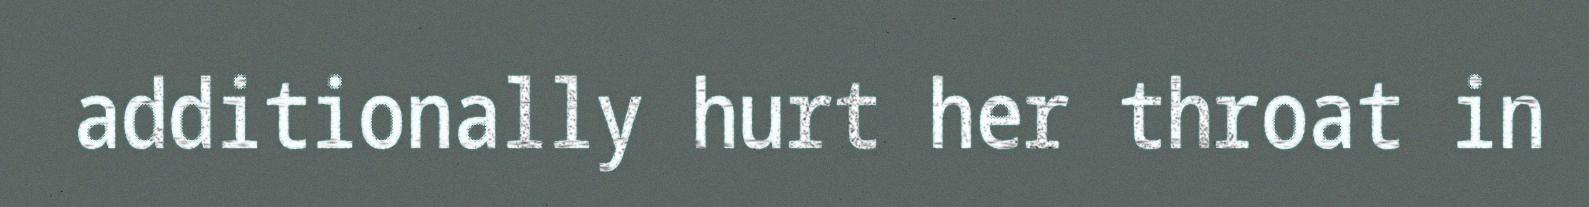
additionally hurt her throat in